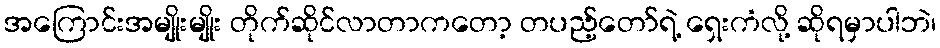
အကြောင်းအမျိုးမျိုး တိုက်ဆိုင်လာတာကတော့ တပည့်တော်ရဲ့ ရှေးကံလို့ ဆိုရမှာပါဘဲ၊